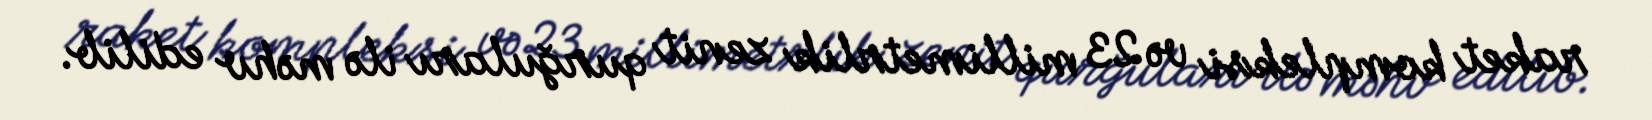
raket kompleksi və 23 millimetrlik zenit qurğuları ilə məhv edilib.